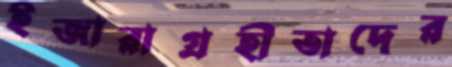
ইজারাগ্রহীতাদের